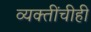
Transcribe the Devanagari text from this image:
व्यक्तींचीही